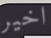
اخير